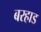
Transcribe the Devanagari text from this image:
बरहाड